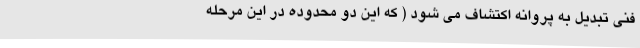
فنی تبدیل به پروانه اکتشاف می شود ( که این دو محدوده در این مرحله